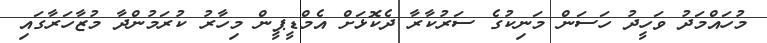
މުހައްމަދު ވަހީދު ހަސަން މަނިކުގެ ސަރުކާރާ ދެކޮޅަށް އެމްޑީޕީން މިހާރު ކުރަމުންދާ މުޒާހަރާގައި